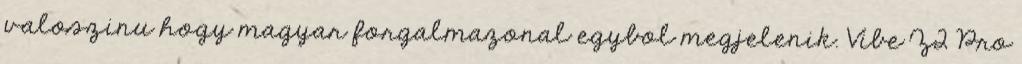
valoszinu hogy magyar forgalmazonal egybol megjelenik. Vibe Z2 Pro